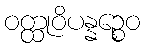
ဝတ္ထုဝိပန္နဉ္စေဝ